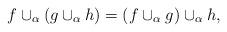
LaTeX: \begin{align*}f \cup_\alpha (g \cup_\alpha h) = (f \cup_\alpha g) \cup_\alpha h,\end{align*}